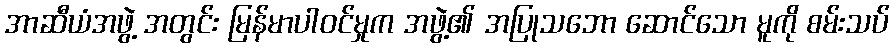
အာဆီယံအဖွဲ့ အတွင်း မြန်မာပါဝင်မှုက အဖွဲ့၏ အပြုသဘော ဆောင်သော မူကို စမ်းသပ်